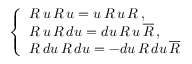
\left\{ \begin{array} { l } { { R \, u \, R \, u = u \, R \, u \, R \, , } } \\ { { R \, u \, R \, d u = d u \, R \, u \, \overline { { { R } } } \, , } } \\ { { R \, d u \, R \, d u = - d u \, R \, d u \, \overline { { { R } } } } } \end{array} \right.